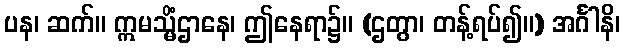
ပန၊ ဆက်။ ဣမသ္မိံဌာနေ၊ ဤနေရာ၌။ (ဌတွာ၊ တန့်ရပ်၍။) အင်္ဂါနိ၊